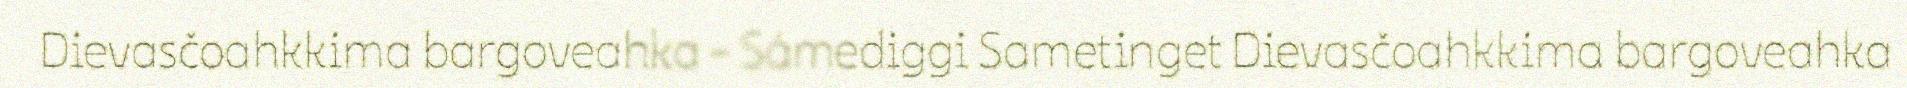
Dievasčoahkkima bargoveahka - Sámediggi Sametinget Dievasčoahkkima bargoveahka